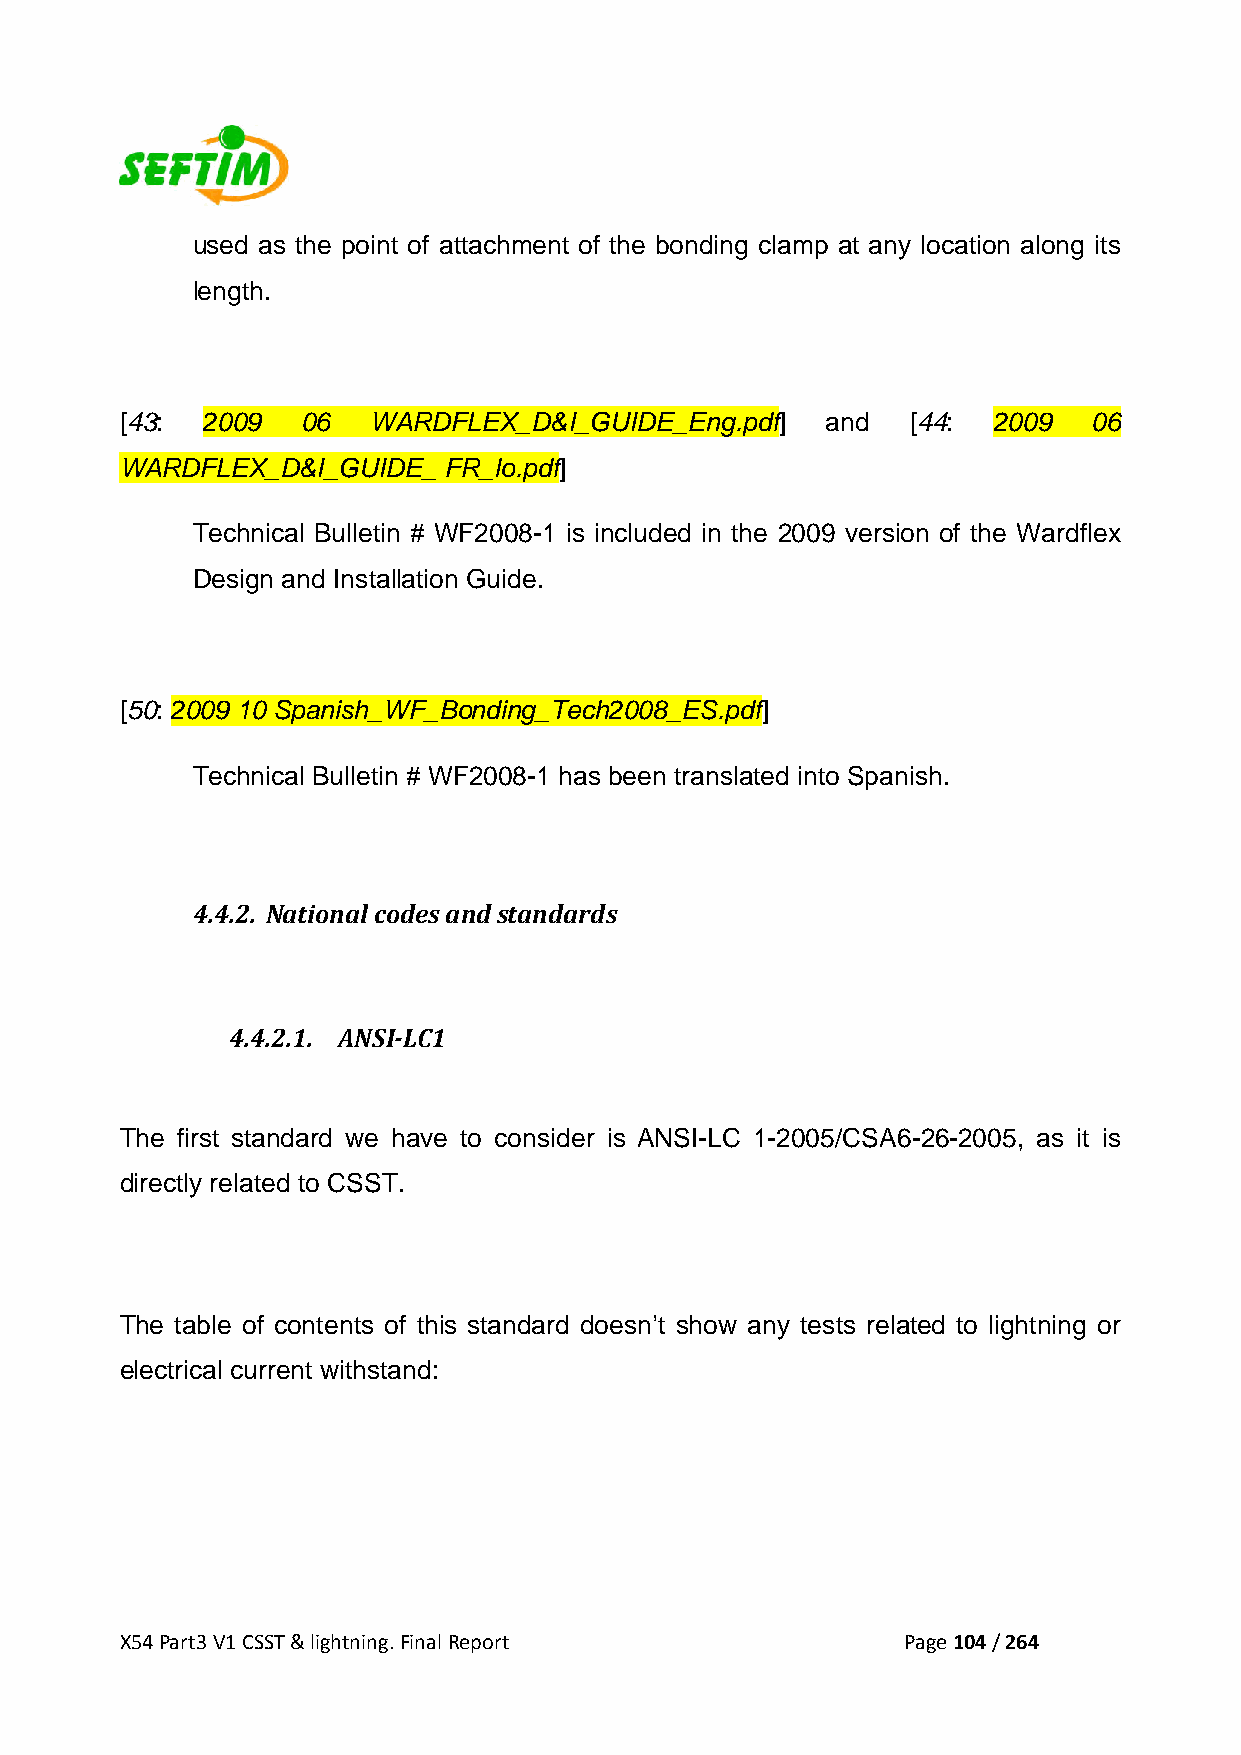
used as the point of attachment of the bonding clamp at any location along its
 length.
 [43: 2009   06   WARDFLEX_D&I_GUIDE_Eng.pdf]   and  [44:  2009  06
 WARDFLEX_D&I_GUIDE_  FR_lo.pdf]
 Technical Bulletin # WF2008-1 is included in the 2009 version of the Wardflex
 Design and Installation Guide.
 [50: 2009 10 Spanish_WF_Bonding_Tech2008_ES.pdf]
 Technical Bulletin # WF2008-1 has been translated into Spanish.
 4.4.2. National codes and standards
 4.4.2.1. ANSI­LC1
 The first standard we have to consider is ANSI-LC 1-2005/CSA6-26-2005, as it is
 directly related to CSST.
 The table of contents of this standard doesn’t show any tests related to lightning or
 electrical current withstand:
 X54 Part3 V1 CSST & lightning. Final Report         Page 104 / 264